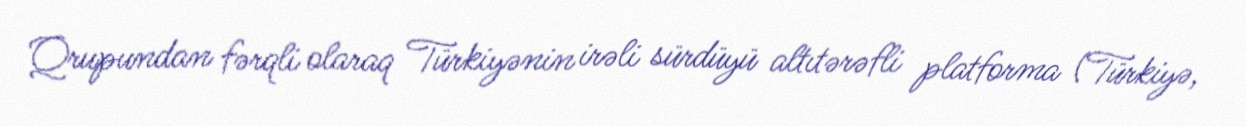
Qrupundan fərqli olaraq Türkiyənin irəli sürdüyü altıtərəfli platforma (Türkiyə,